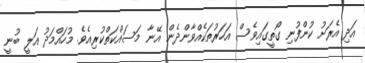
އަދި އެރަށު ކުންފުނި ގޯތީގައިވެސް އަހަރުތަކެއްވާންދެން އޭނާ މަސައްކަތްކުރިއެވެ. މުހައްމަދު އަލީ ބުނީ